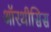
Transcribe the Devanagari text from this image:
ऑरथीसिस